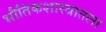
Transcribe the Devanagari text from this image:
भौतिकशास्त्रातला